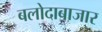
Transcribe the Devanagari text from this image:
बलोदाबाजार